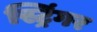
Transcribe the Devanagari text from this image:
स्ट्रिंगर